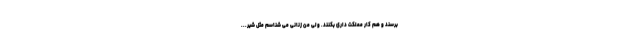
برسند و هم کار مملکت داری بکنند. ولی من زنانی می شناسم مثل شیر...